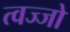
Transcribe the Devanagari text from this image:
त्वज्जो